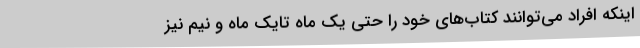
اینکه افراد می‌توانند کتاب‌های خود را حتی یک ماه تایک ماه و نیم نیز